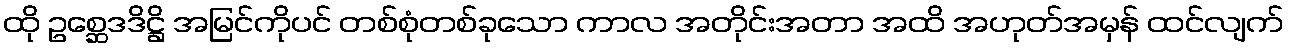
ထို ဥစ္ဆေဒဒိဋ္ဌိ အမြင်ကိုပင် တစ်စုံတစ်ခုသော ကာလ အတိုင်းအတာ အထိ အဟုတ်အမှန် ထင်လျက်